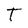
Character: T